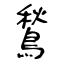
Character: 鶖